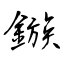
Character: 鏃